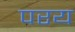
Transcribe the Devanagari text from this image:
परय